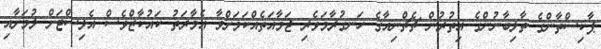
ޕާކިސްތާންގެ ތާލިބާނުންގެ އިތުރުން ޗެޗްނިއާގެ ހަނގުރާމަވެރި ޖަމާއަތެއްކަމަށްވާ އެމާރަތު ކައުކާޒްވެސް އެލިސްޓަށް ލުމަށާއި